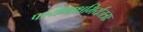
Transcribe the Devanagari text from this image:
पश्येमाक्षभिर्यजत्राः